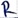
Text: R